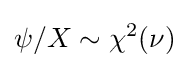
\psi /X\sim \chi ^{2}(\nu )